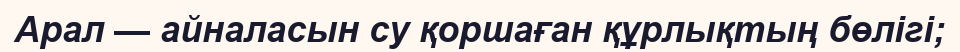
Арал — айналасын су қоршаған құрлықтың бөлігі;